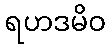
ရဟဒမိဝ